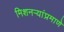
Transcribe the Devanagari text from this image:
मिशनऱ्यांप्रमाणे